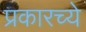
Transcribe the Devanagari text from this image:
प्रकारच्ये